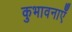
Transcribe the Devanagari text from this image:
कुभावनाएँ